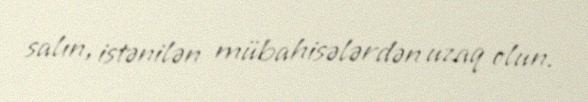
salın, istənilən mübahisələrdən uzaq olun.